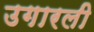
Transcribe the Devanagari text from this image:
उगारली